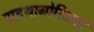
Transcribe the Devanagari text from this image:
पाइथागोरिआई